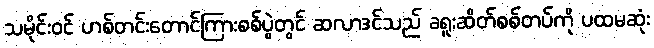
သမိုင်းဝင် ဟစ်တင်းတောင်ကြားစစ်ပွဲတွင် ဆလာဒင်သည် ခရူးဆိတ်စစ်တပ်ကို ပထမဆုံး